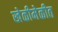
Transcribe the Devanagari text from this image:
खेळीमेळीत